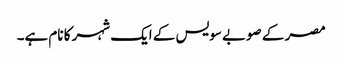
مصر کے صوبے سویس کے ایک شہر کا نام ہے۔